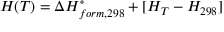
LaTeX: H ( T ) = \Delta H _ { f o r m , 2 9 8 } ^ { \circ } + [ H _ { T } - H _ { 2 9 8 } ]